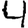
Digit: 4